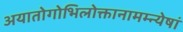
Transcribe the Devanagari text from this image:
अयातोगोभिलोक्तानामम्न्येषां